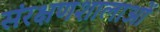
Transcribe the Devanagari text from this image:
संरक्षणशालाओं